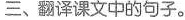
三、翻译课文中的句子。